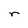
Character: r